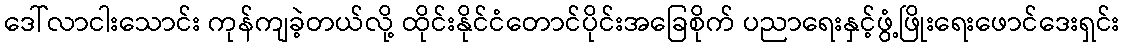
ဒေါ်လာငါးသောင်း ကုန်ကျခဲ့တယ်လို့ ထိုင်းနိုင်ငံတောင်ပိုင်းအခြေစိုက် ပညာရေးနှင့်ဖွံ့ဖြိုးရေးဖောင်ဒေးရှင်း